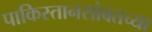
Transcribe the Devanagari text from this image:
पाकिस्तानसोबतच्या